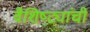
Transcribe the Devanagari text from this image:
वैशिष्ट्यांची